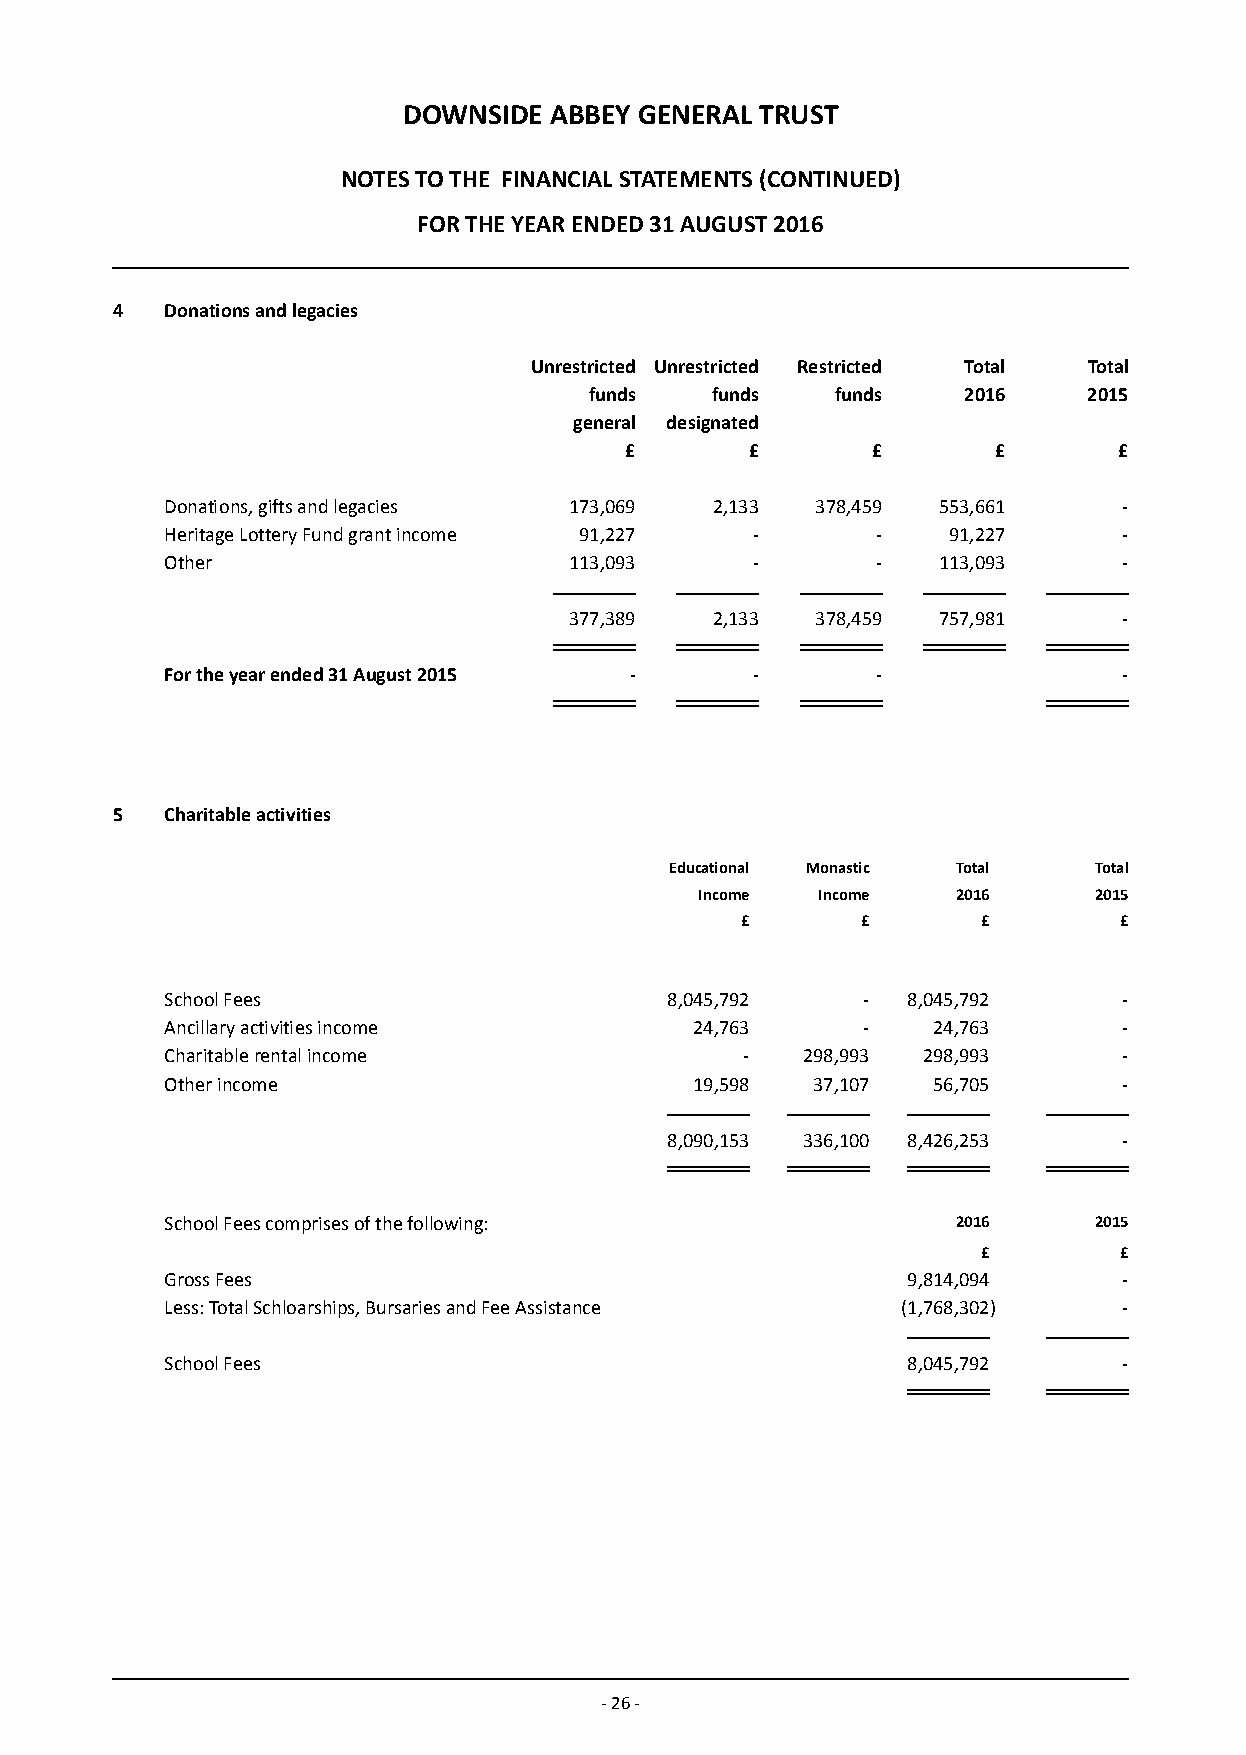
DOWNSIDE ABBEY GENERAL TRUST
 NOTES TO THE FINANCIAL STATEMENTS (CONTINUED)
 FOR THE YEAR ENDED 31 AUGUST 2016
 4   Donations and legacies
 Unrestricted Unrestricted Restricted Total Total
 funds   funds   funds    2016    2015
 general de signated
 £        £       £       £       £
 Donations, gifts and legacies 173,069 2,133 378,459 553,661    -
 Heritage Lottery Fund grant income 91,227 -    -    91,227     -
 Other                      113,093     -       -   113,093     -
 377,389  2,133  378,459 757,981     -
 For the year ended 31 August 2015 -    -       -               -
 5   Charitable activities
 Educational Monastic Total  Total
 Income  Income   2016     2015
 £       £       £        £
 School Fees                      8,045,792    -  8,045,792     -
 Ancillary a ctivities income       24,763     -    24,763      -
 Charitable rental income              -   298,993 298,993      -
 Other income                       19,598  37,107  56,705      -
 8,090,153 336,100 8,426,253   -
 School Fees comprises of the following:             2016     2015
 £        £
 Gross Fees                                       9,814,094     -
 Less: Total Schloarships, Bursaries and Fee Assistance (1,768,302) -
 School Fees                                      8,045,792     -
 - 26 -